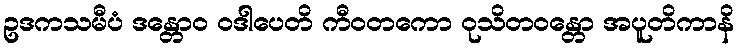
ဥဒကသမီပံ ဒန္တောဝ ဝဒါပေတိ ကီဝတကော ဝုသိတဝန္တော အပူတိကာနိ